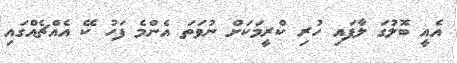
އެއީ ބޮލުގަ ލާފައި ހުރި ކްރީމަކަށް ނުވަތަ އެންމެ ފަހު ކޭ އެއްޗެއްގައި